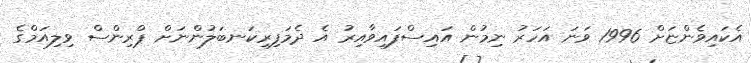
އެކައިވެންޏަށް 1996 ވަނަ އަހަރު ނިމުން އައިސްފައިވާއިރު އެ ދެމަފިރިކަނބަލުންނަށް ޕްރިންސް ވިލިއަމްގެ